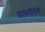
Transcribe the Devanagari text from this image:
राजनीयक